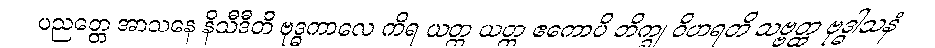
ပညတ္တေ အာသနေ နိသီဒီတိ ဗုဒ္ဓကာလေ ကိရ ယတ္ထ ယတ္ထ ဧကောပိ ဘိက္ခု ဝိဟရတိ သဗ္ဗတ္ထ ဗုဒ္ဓါသနံ